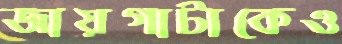
জায়গাটাকেও